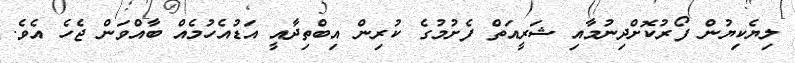
ލިޔެކިޔުން ފޯރުކޮށްދިނުމާއި ޝަރީއަތް ފެށުމުގެ ކުރިން އިބްތިދާއީ އަޑުއެހުމެއް ބާއްވަން ޖެހެ އެވެ.